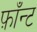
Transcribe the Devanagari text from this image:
फ़ाँन्ट